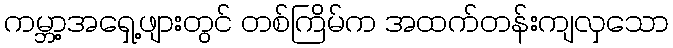
ကမ္ဘာ့အရှေ့ဖျားတွင် တစ်ကြိမ်က အထက်တန်းကျလှသော